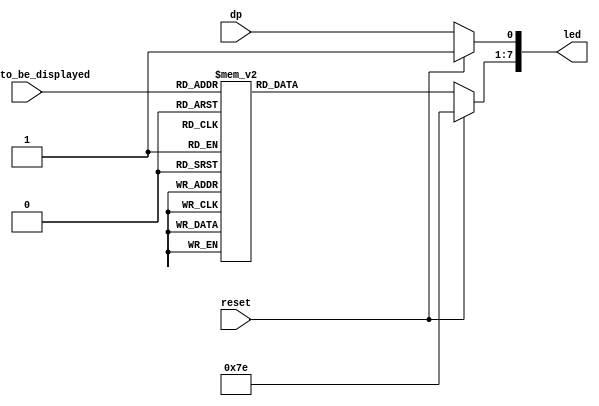
module seven_segment_display (
	input wire [3:0] digit_to_be_displayed,
	input wire dp,
	input wire reset,
	output reg [7:0] led
	);

	always @* begin	
		if(reset) begin
			led[7:1] = 7'b1111110;
			led[0] = 1'b1;
		end else begin
			case(digit_to_be_displayed) 
				4'h0 : led[7:1] = 7'b0000001;
				4'h1 : led[7:1] = 7'b1001111;
				4'h2 : led[7:1] = 7'b0010010;
				4'h3 : led[7:1] = 7'b0000110;
				4'h4 : led[7:1] = 7'b1001100;
				4'h5 : led[7:1] = 7'b0100100;
				4'h6 : led[7:1] = 7'b0100000;
				4'h7 : led[7:1] = 7'b0001111;
				4'h8 : led[7:1] = 7'b0000000;
				4'h9 : led[7:1] = 7'b0000100;
				default : led[7:1] = 7'b1111111;
			endcase
			led[0] = dp;
		end
	end
endmodule

// module stimulus();
// 		reg [3:0] DIGIT_TO_BE_DISPLAYED;
// 		reg DP,RESET;
// 		wire [7:0] LED;

// 		seven_segment_display s(
// 			.digit_to_be_displayed(DIGIT_TO_BE_DISPLAYED),
// 			.dp(DP),
// 			.reset(RESET),
// 			.led(LED)
// 		);	

// 		initial begin
// 			$dumpfile("simulation.vcd");
// 			$dumpvars(0,
// 				DIGIT_TO_BE_DISPLAYED,
// 				DP,
// 				LED,
// 				RESET
// 			);
// 		end

// 		initial begin
// 			DIGIT_TO_BE_DISPLAYED = 0;
// 			DP = 1'b0;
// 			RESET = 1'b0;
// 		end

// 		always begin
// 			#1 DIGIT_TO_BE_DISPLAYED = DIGIT_TO_BE_DISPLAYED + 1;
// 			if(DIGIT_TO_BE_DISPLAYED == 10) begin
// 					DP = ~ DP;
// 					DIGIT_TO_BE_DISPLAYED = 0;
// 			end
// 		end

// 		initial begin
// 			#30 RESET = 1'b1;
// 			#10 RESET = 1'b0;
// 		end

// 		initial 
// 			#100 $finish;

// endmodule